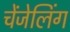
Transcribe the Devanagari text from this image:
चेंजेलिंग